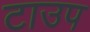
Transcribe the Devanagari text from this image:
टाउप